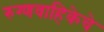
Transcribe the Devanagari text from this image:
रुग्णवाहिकेचे